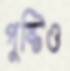
পুষ্টিও